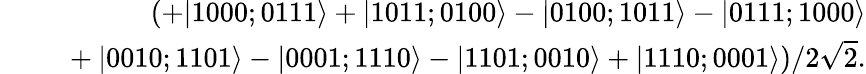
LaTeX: \begin{array}{rlr}&{}&{\left(+|1000;0111\rangle+|1011;0100\rangle-|0100;1011\rangle-|0111;1000\rangle\right.}\\ &{}&{\left.~+|0010;1101\rangle-|0001;1110\rangle-|1101;0010\rangle+|1110;0001\rangle\right)/2\sqrt{2}.}\end{array}